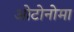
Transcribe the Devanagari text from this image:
ओटोनोमा